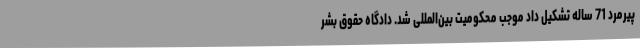
پیرمرد 71 ساله تشکیل داد موجب محکومیت بین‌المللی شد. دادگاه حقوق بشر